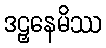
ဒဠှနေမိဿ